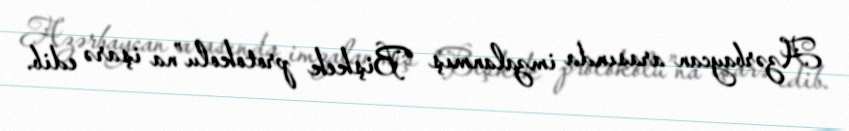
Azərbaycan arasında imzalanmış “Bişkek protokolu”na işarə edib.